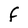
Character: F